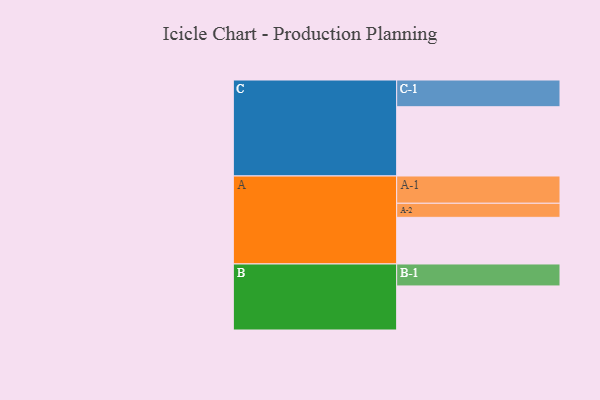
{"axis": {"x": "Segment", "y": "Value"}, "legend": ["", "A", "B", "C"], "data": [{"x": "A", "y": 361, "type": ""}, {"x": "B", "y": 341, "type": ""}, {"x": "C", "y": 536, "type": ""}, {"x": "A-1", "y": 211, "type": "A"}, {"x": "A-2", "y": 109, "type": "A"}, {"x": "B-1", "y": 170, "type": "B"}, {"x": "C-1", "y": 207, "type": "C"}]}